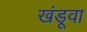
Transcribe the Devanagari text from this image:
खंडूवा